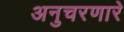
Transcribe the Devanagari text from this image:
अनुचरणारे